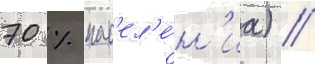
70 % нас'ел'е́н'иа) //